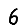
Digit: 6